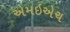
એમઇએચ